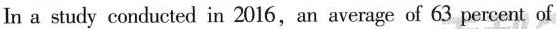
In a study conducted in 2016,an average of 63 percent of